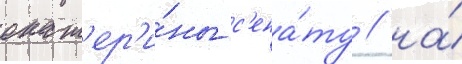
екат'ер'и́ны с'ена́ту / на́